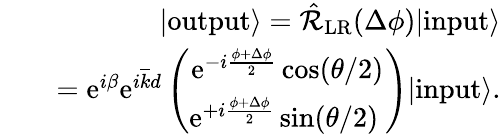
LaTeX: \begin{array}{rlr}&{}&{|\mathrm{output}\rangle=\hat{\mathcal{R}}_{\mathrm{LR}}(\Delta\phi)|\mathrm{input}\rangle}\\ &{}&{=\mathrm{e}^{i\beta}\mathrm{e}^{i\overline{{k}}d}\left(\begin{array}{c}{\mathrm{e}^{-i\frac{\phi+\Delta\phi}{2}}\cos(\theta/2)}\\ {\mathrm{e}^{+i\frac{\phi+\Delta\phi}{2}}\sin(\theta/2)\ }\end{array}\right)|\mathrm{input}\rangle.}\end{array}